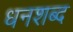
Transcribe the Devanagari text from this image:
धनशब्द